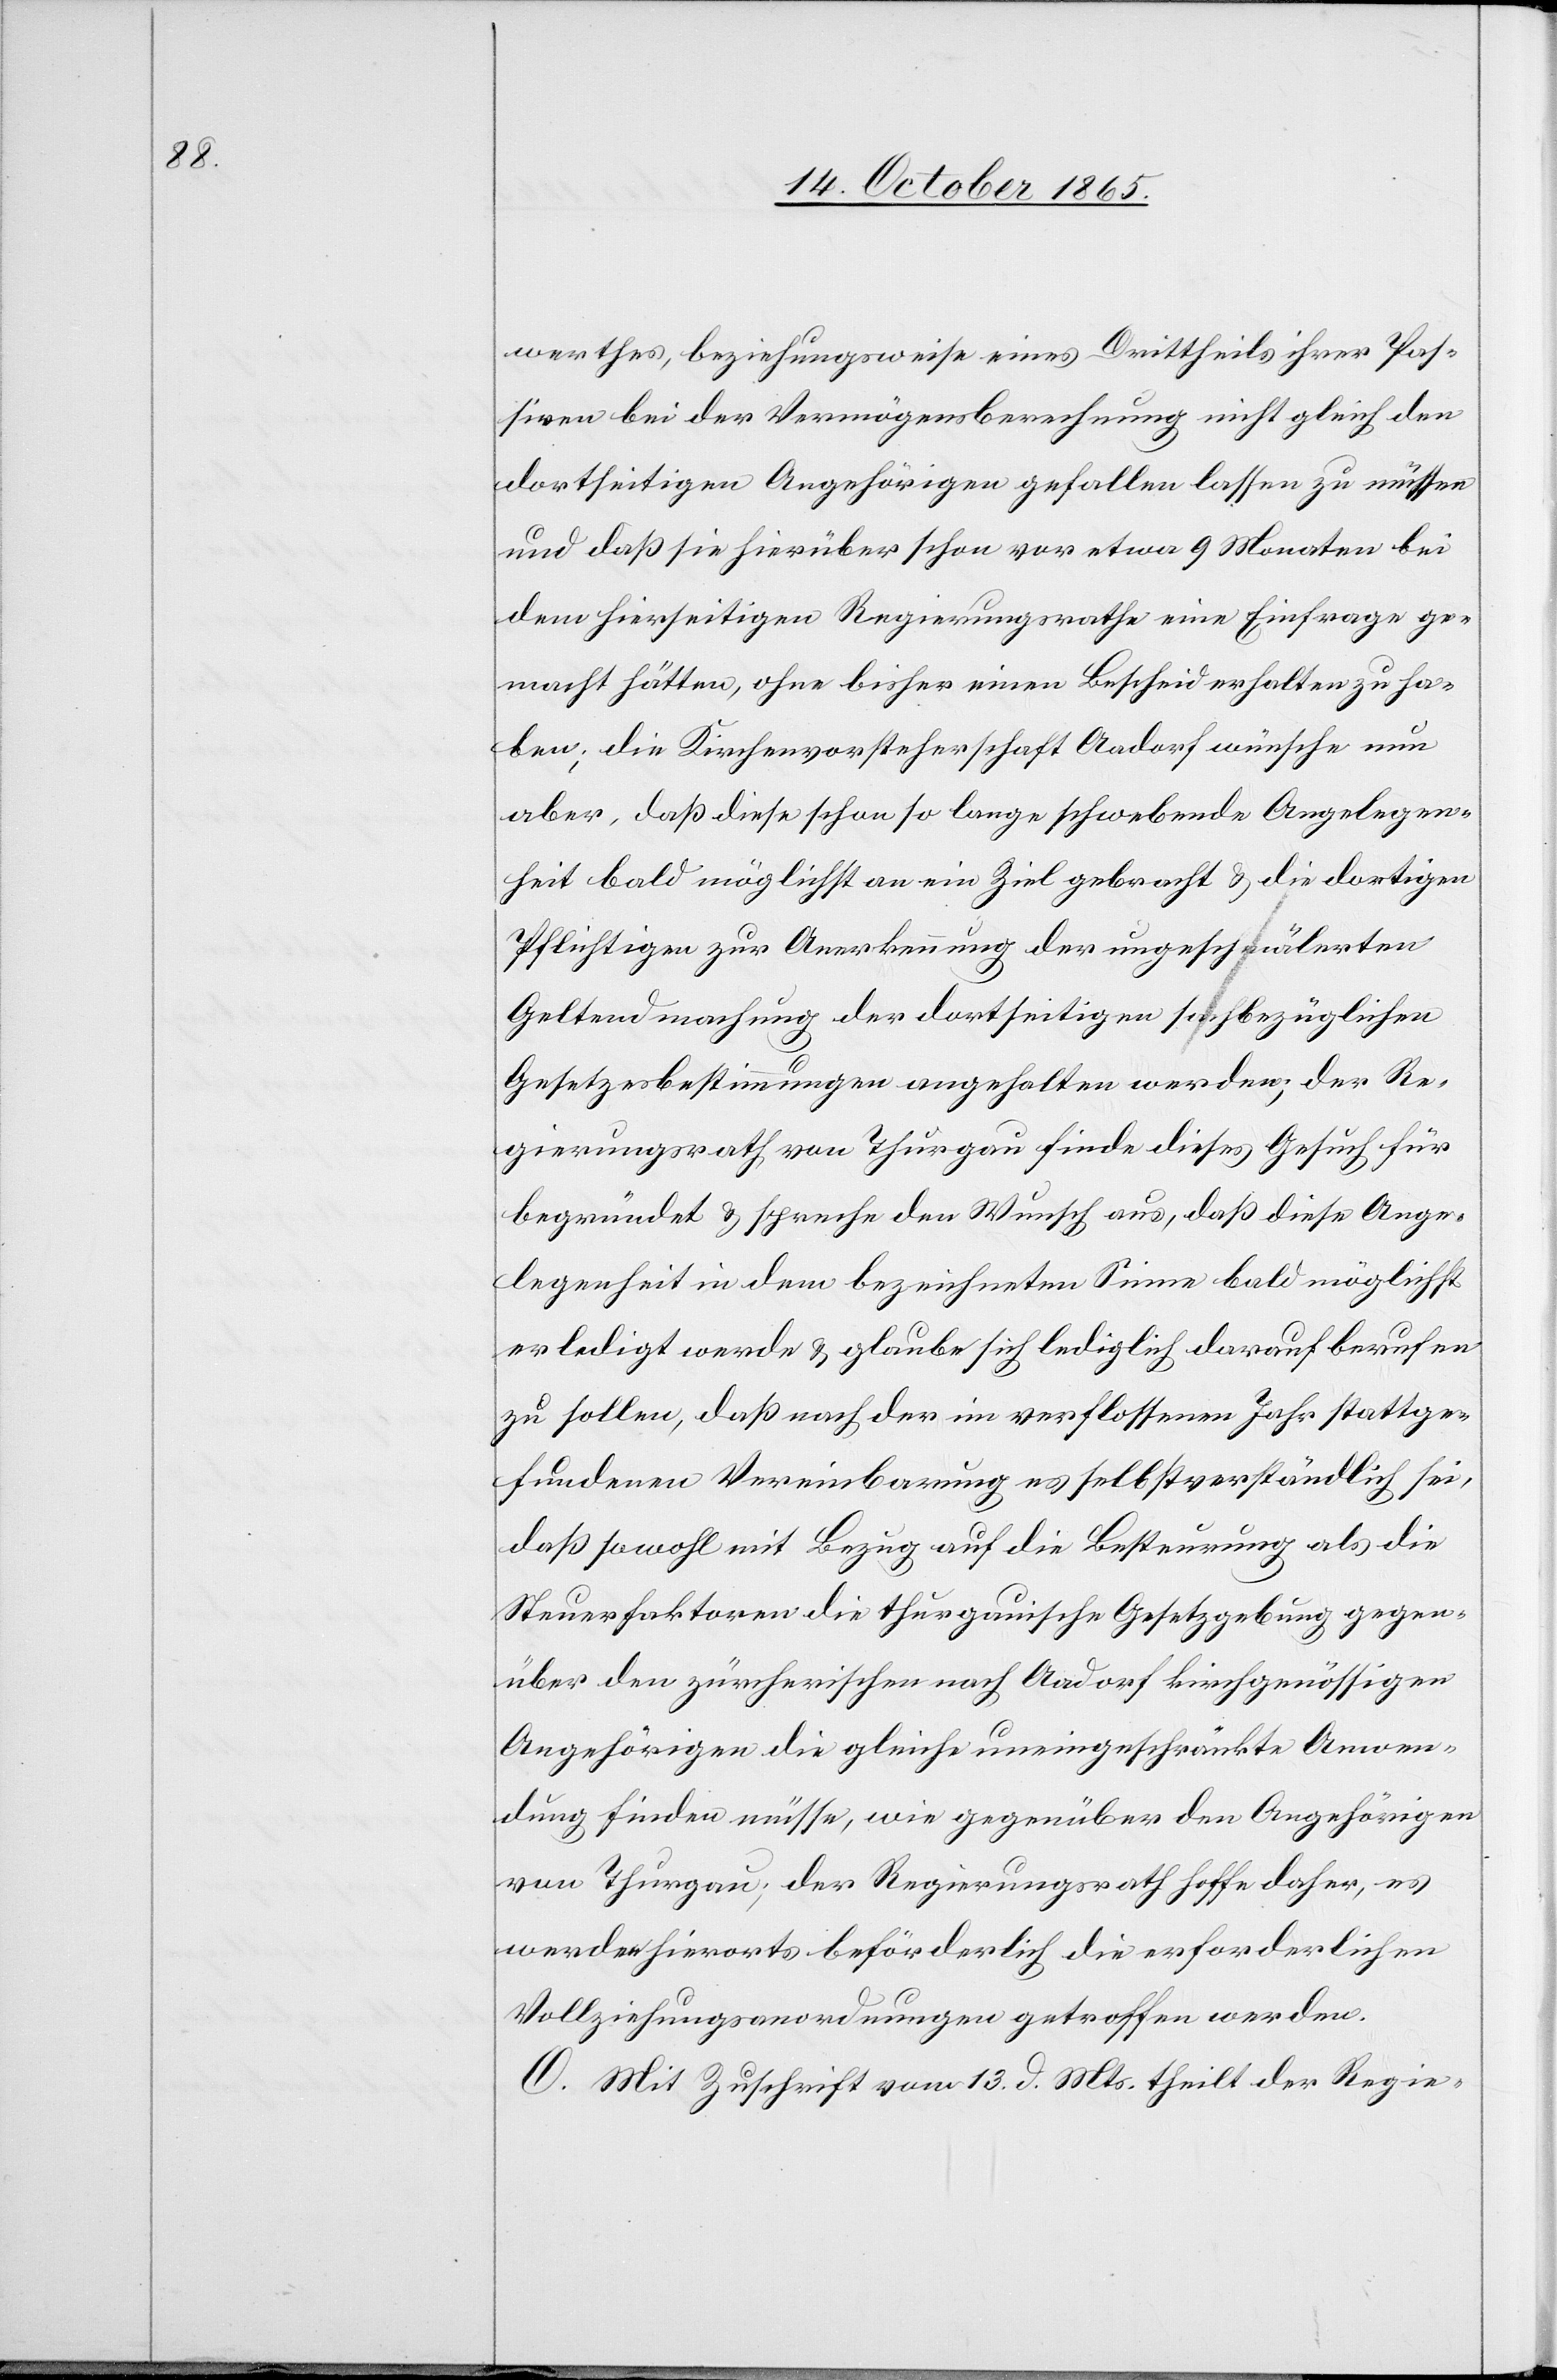
werthes, beziehungsweise eines Drittheils ihrer Pas¬
siven bei der Vermögensberechnung nicht gleich den
dortseitigen Angehörigen gefallen lassen zu müssen
und daß sie hierüber schon vor etwa 9 Monaten bei
dem hierseitigen Regierungsrathe eine Einfrage ge¬
macht hätten, ohne bisher einen Bescheid erhalten zu ha¬
ben; die Kirchenvorsteherschaft Aadorf wünsche nun
aber, daß diese schon so lange schwebende Angelegen¬
heit bald möglichst an ein Ziel gebracht & die dortigen
Pflichtigen zur Anerkennung der ungeschmälerten
Geltendmachung der dortseitigen sachbezüglichen
Gesetzesbestimmungen angehalten werden; der Re¬
gierungsrath von Thurgau finde dieses Gesuch für
begründet & spreche den Wunsch aus, daß diese Ange¬
legenheit in dem bezeichneten Sinne bald möglichst
erledigt werde & glaube sich lediglich darauf berufen
zu sollen, daß nach der im verflossenen Jahr stattge¬
fundenen Vereinbarung es selbstverständlich sei,
daß sowohl mit Bezug auf die Besteurung als die
Steuerfaktoren die thurgauische Gesetzgebung gegen¬
über den zürcherischen nach Aadorf kirchgenössigen
Angehörigen die gleiche uneingeschränkte Anwen¬
dung finden müsse, wie gegenüber den Angehörigen
von Thurgau; der Regierungsrath hoffe daher, es
werden hierorts beförderlich die erforderlichen
Vollziehungsanordnungen getroffen werden.
O. Mit Zuschrift vom 13. d. Mts. theilt der Regie-